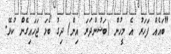
"ބައެެއް ފަހަރު އެ މީހުން (ބަޝުންދަރަ އިން) ދިގު ބޯޅަ ޖަހައިގެން ކުޅޭ.